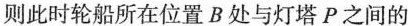
则此时轮船所在位置B处与灯塔P之间的